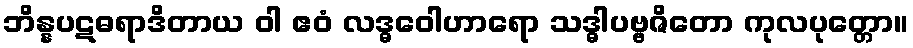
ဘိန္နပဋဓရာဒိတာယ ဝါ ဧဝံ လဒ္ဓဝေါဟာရော သဒ္ဓါပဗ္ဗဇိတော ကုလပုတ္တော။